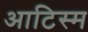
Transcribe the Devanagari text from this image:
आटिस्म